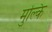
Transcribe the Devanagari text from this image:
मुल्कि